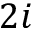
2 i